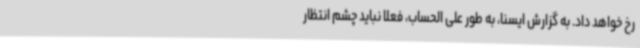
رخ خواهد داد. به گزارش ایسنا، به طور علی الحساب، فعلا نباید چشم انتظار